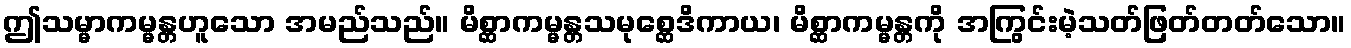
ဤသမ္မာကမ္မန္တဟူသော အမည်သည်။ မိစ္ဆာကမ္မန္တသမုစ္ဆေဒိကာယ၊ မိစ္ဆာကမ္မန္တကို အကြွင်းမဲ့သတ်ဖြတ်တတ်သော။